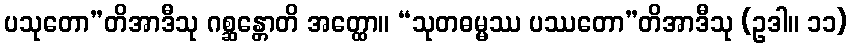
ပသုတော”တိအာဒီသု ဂစ္ဆန္တောတိ အတ္ထော။ “သုတဓမ္မဿ ပဿတော”တိအာဒီသု (ဥဒါ။ ၁၁)